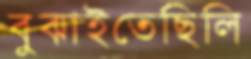
বুঝাইতেছিলি